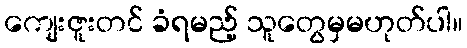
ကျေးဇူးတင် ခံရမည့် သူတွေမှမဟုတ်ပါ။